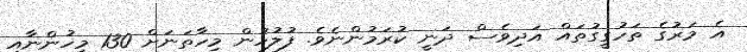
އެ މަރުގެ ތަހުގީގުތައް އަދިވެސް ދަނީ ކުރަމުންނެވެ. ފުލުހުން މިހާތަނަށް 130 މީހުންނާއި